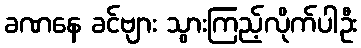
ခဏနေ ခင်ဗျား သွားကြည့်လိုက်ပါဦး